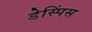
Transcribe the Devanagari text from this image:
डेस्पिंस